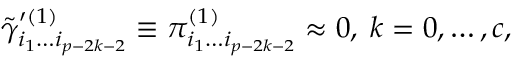
\tilde { \gamma } _ { i _ { 1 } \ldots i _ { p - 2 k - 2 } } ^ { \prime ( 1 ) } \equiv \pi _ { i _ { 1 } \ldots i _ { p - 2 k - 2 } } ^ { ( 1 ) } \approx 0 , \; k = 0 , \ldots , c ,